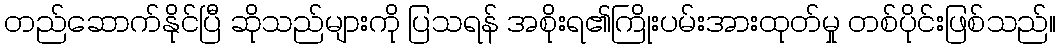
တည်ဆောက်နိုင်ပြီ ဆိုသည်များကို ပြသရန် အစိုးရ၏ကြိုးပမ်းအားထုတ်မှု တစ်ပိုင်းဖြစ်သည်။